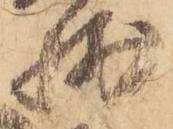
残